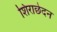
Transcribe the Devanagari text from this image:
शिराछेदन